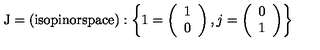
\mathrm { J = ( i s o p i n o r s p a c e ) } : \left\{ 1 = \left( \begin{array} { l } { 1 } \\ { 0 } \\ \end{array} \right) , j = \left( \begin{array} { l } { 0 } \\ { 1 } \\ \end{array} \right) \right\}